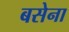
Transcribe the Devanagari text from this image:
बसेना